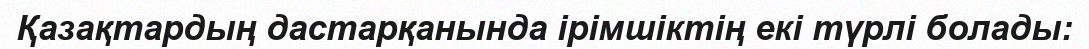
Қазақтардың дастарқанында ірімшіктің екі түрлі болады: